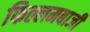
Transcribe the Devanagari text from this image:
फिल्लमबाजी